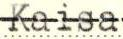
Kaisa